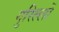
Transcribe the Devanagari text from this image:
गुरिल्लों